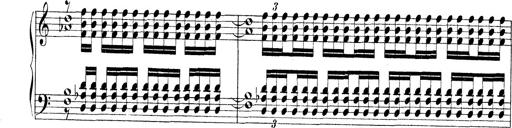
Title: Technische Studien
Composer: Franz Liszt